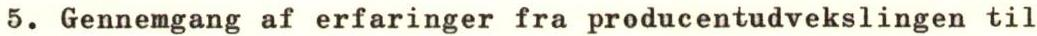
5. Gennemgang af erfaringer fra producentudvekslingen til